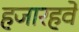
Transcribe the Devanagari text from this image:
हजारहवें